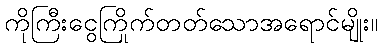
ကိုကြီးငွေကြိုက်တတ်သောအရောင်မျိုး။